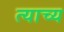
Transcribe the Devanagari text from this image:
त्याच्य